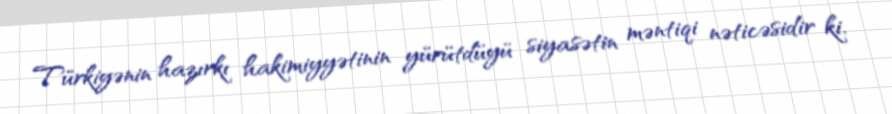
Türkiyənin hazırkı hakimiyyətinin yürütdüyü siyasətin məntiqi nəticəsidir ki,